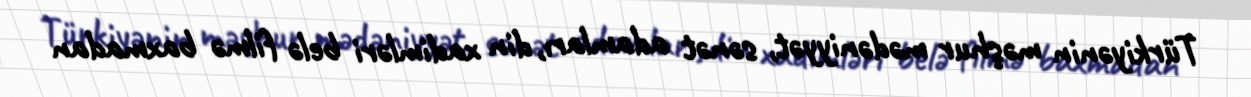
Türkiyənin məşhur mədəniyyət, sənət adamları, din xadimləri belə filmə baxmadan